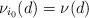
LaTeX: \begin{align*}\nu_{i_0}(d)=\nu(d)\end{align*}